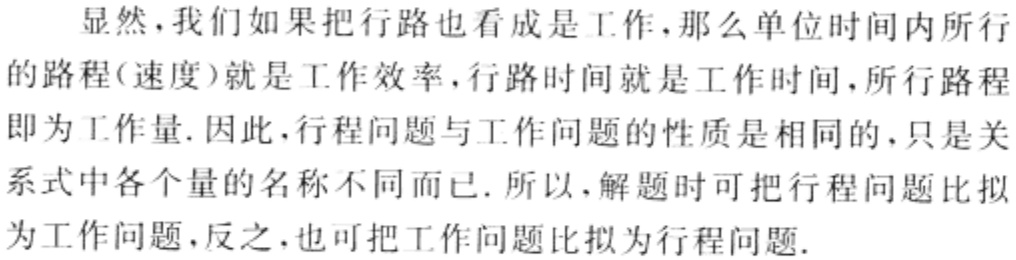
显然，我们如果把行路也看成是工作，那么单位时间内所行
的路程(速度)就是工作效率，行路时间就是工作时间，所行路程
即为工作量. 因此，行程问题与工作问题的性质是相同的，只是关
系式中各个量的名称不同而已. 所以，解题时可把行程问题比拟
为工作问题，反之，也可把工作问题比拟为行程问题.